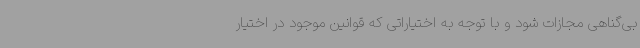
بی‌گناهی مجازات شود و با توجه به اختیاراتی که قوانین موجود در اختیار